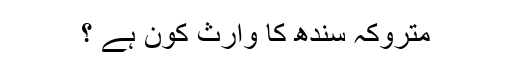
متروکہ سندھ کا وارث کون ہے ؟